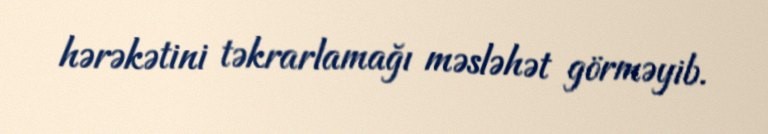
hərəkətini təkrarlamağı məsləhət görməyib.